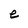
Character: e